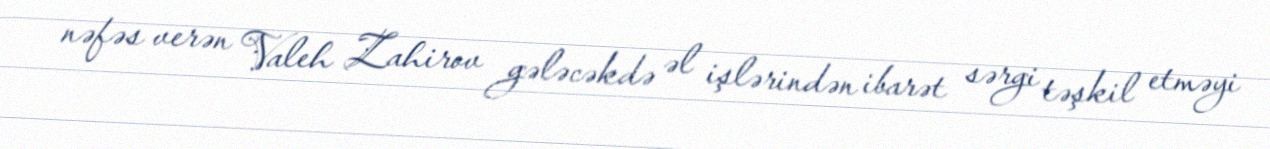
nəfəs verən Valeh Zahirov gələcəkdə əl işlərindən ibarət sərgi təşkil etməyi